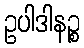
ဥပါဒါနဉ္စ